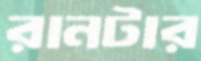
রানটার